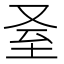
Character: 𦤵